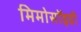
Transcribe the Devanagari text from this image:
मिमोसॉइडी